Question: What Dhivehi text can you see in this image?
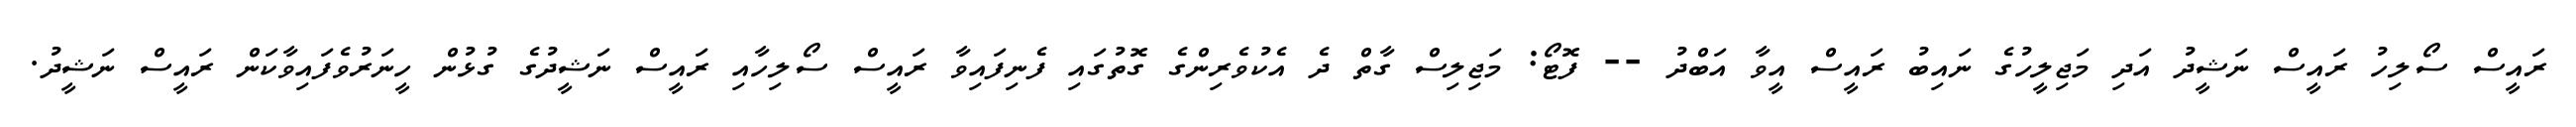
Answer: ރައީސް ސޯލިހު ރައީސް ނަޝީދު އަދި މަޖިލީހުގެ ނައިބު ރައީސް އީވާ އަބްދު -- ފޮޓޯ: މަޖިލިސް ގާތް ދެ އެކުވެރިންގެ ގޮތުގައި ފެނިފައިވާ ރައީސް ސޯލިހާއި ރައީސް ނަޝީދުގެ ގުޅުން ހީނަރުވެފައިވާކަން ރައީސް ނަޝީދު.